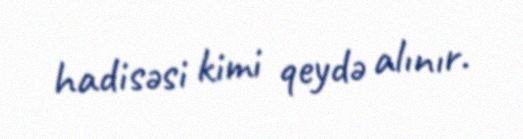
hadisəsi kimi qeydə alınır.